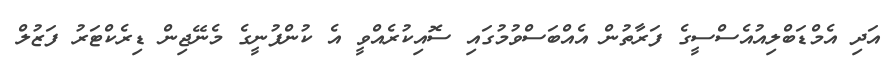
އަދި އެމްޑަބްލިއުއެސްސީގެ ފަރާތުން އެއްބަސްވުމުގައި ސޮއިކުރެއްވީ އެ ކުންފުނީގެ މެނޭޖިން ޑިރެކްޓަރު ފަޒުލް